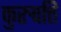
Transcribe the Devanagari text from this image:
कुरुवत्ति